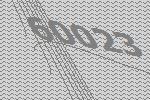
60023